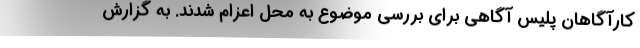
کارآگاهان پلیس آگاهی برای بررسی موضوع به محل اعزام شدند. به گزارش